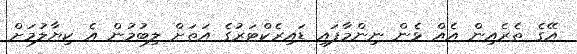
އޭގެ ތެރެއިން އެއް ޅެން ނިންމާފައި ޑައިރެކްޓަރުގެ އަތަށް ލިބުމުން އެ ކިޔާލުމަށް